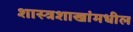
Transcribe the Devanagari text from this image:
शास्त्रशाखांमधील